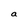
Character: a